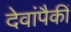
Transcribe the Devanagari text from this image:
देवांपैकीं